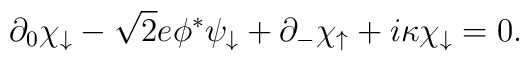
\partial_0 \chi_\downarrow -\sqrt{2}e\phi^* \psi_\downarrow+ \partial_- \chi_\uparrow +i\kappa \chi_\downarrow = 0 .